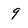
Character: 9